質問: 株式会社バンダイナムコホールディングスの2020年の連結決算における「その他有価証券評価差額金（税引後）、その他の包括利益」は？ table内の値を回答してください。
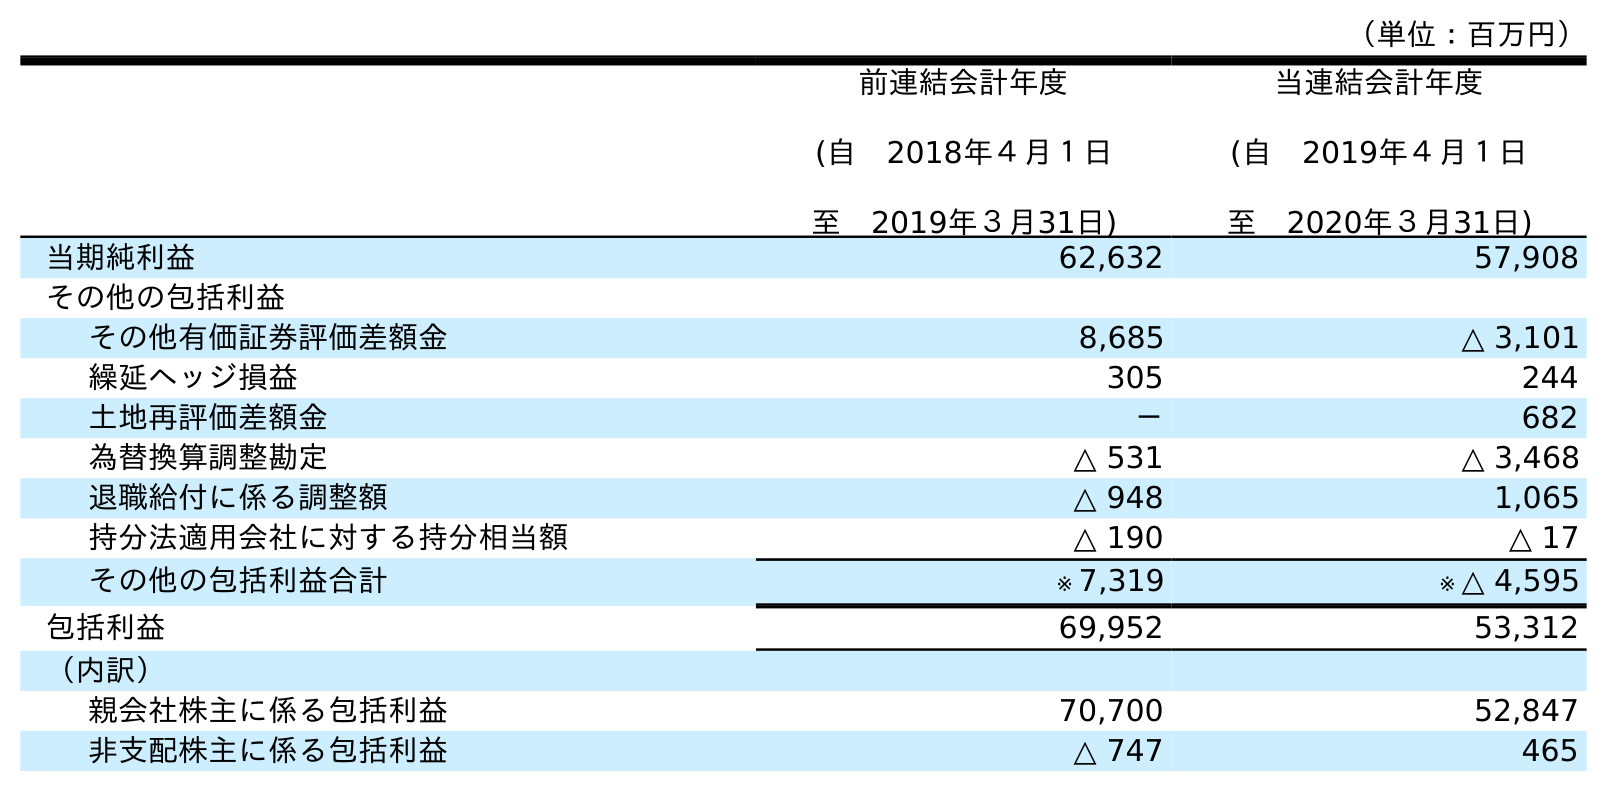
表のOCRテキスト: （単位：百万円） 前連結会計年度 (自 2018年４月１日 至 2019年３月31日) 当連結会計年度 (自 2019年４月１日 至 2020年３月31日) 当期純利益 62,632 57,908 その他の包括利益 その他有価証券評価差額金 8,685 △ 3,101 繰延ヘッジ損益 305 244 土地再評価差額金 － 682 為替換算調整勘定 △ 531 △ 3,468 退職給付に係る調整額 △ 948 1,065 持分法適用会社に対する持分相当額 △ 190 △ 17 その他の包括利益合計 ※ 7,319 ※ △ 4,595 包括利益 69,952 53,312 （内訳） 親会社株主に係る包括利益 70,700 52,847 非支配株主に係る包括利益 △ 747 465
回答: △3,101